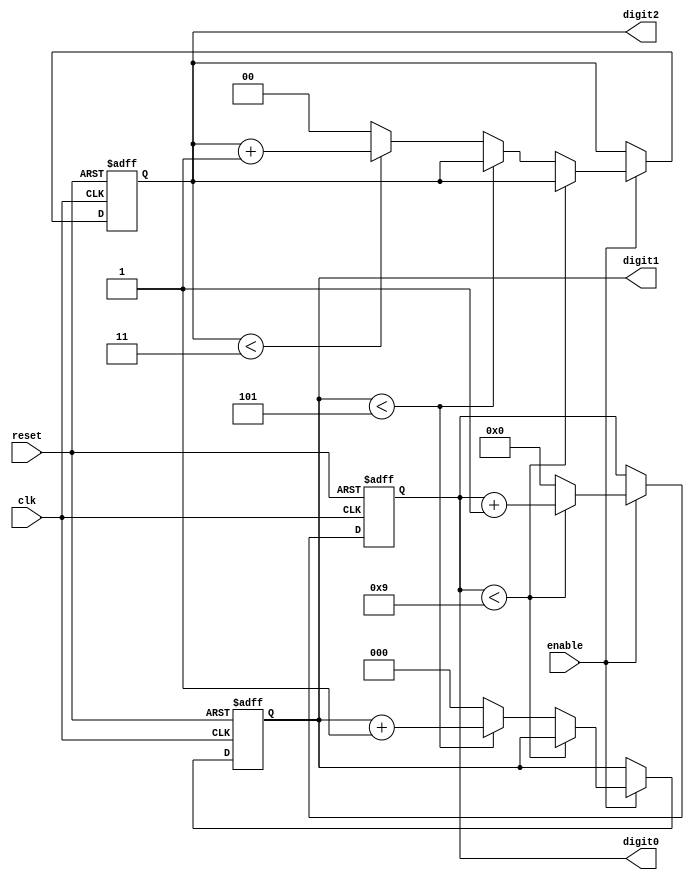
module mixed_radix_counter (
    input wire clk,              // Clock signal
    input wire reset,            // Reset signal
    input wire enable,           // Enable signal
    output reg [3:0] digit0,     // Output for digit 0 (Radix 10)
    output reg [2:0] digit1,     // Output for digit 1 (Radix 6)
    output reg [1:0] digit2      // Output for digit 2 (Radix 4)
);

    // Radix definitions
    localparam RADIX0 = 10; // Digit 0 radix
    localparam RADIX1 = 6;  // Digit 1 radix
    localparam RADIX2 = 4;  // Digit 2 radix

    // Counting logic
    always @(posedge clk or posedge reset) begin
        if (reset) begin
            // Reset all digits to zero
            digit0 <= 0;
            digit1 <= 0;
            digit2 <= 0;
        end else if (enable) begin
            // Increment digit 0
            if (digit0 < RADIX0 - 1) begin
                digit0 <= digit0 + 1;
            end else begin
                digit0 <= 0; // Reset digit 0
                // Increment digit 1
                if (digit1 < RADIX1 - 1) begin
                    digit1 <= digit1 + 1;
                end else begin
                    digit1 <= 0; // Reset digit 1
                    // Increment digit 2
                    if (digit2 < RADIX2 - 1) begin
                        digit2 <= digit2 + 1;
                    end else begin
                        digit2 <= 0; // Reset digit 2
                    end
                end
            end
        end
    end
endmodule